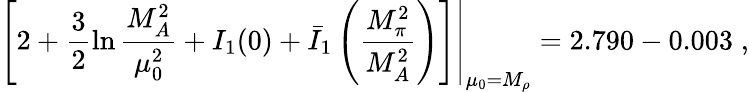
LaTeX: \left.\left[2+\frac{3}{2}\ln\frac{M_{A}^{2}}{\mu_{0}^{2}}+I_{1}(0)+\bar{I}_{1}\left(\frac{M_{\pi}^{2}}{M_{A}^{2}}\right)\right]\right|_{\mu_{0}=M_{\rho}}=2.790-0.003\; ,